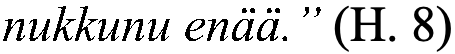
nukkunu enää.” (H. 8)